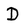
Character: D